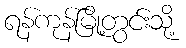
ရန်ကုန်မြို့တွင်းသို့